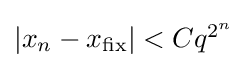
{\textstyle |x_{n}-x_{\text{fix}}|<Cq^{2^{n}}}